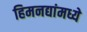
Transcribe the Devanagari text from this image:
हिमनद्यांमध्ये